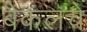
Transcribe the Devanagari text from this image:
बैकलचे